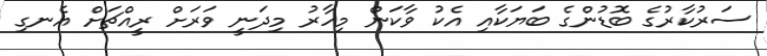
ސަރުކާރުގެ ބޮޑުންގެ ބަޔަކާއި އެކު ވާކަން މިހާރު މިދަނީ ވަރަށް ރީއްޗަށް އެނގި